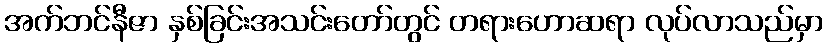
အက်ဘင်နီဇာ နှစ်ခြင်းအသင်းတော်တွင် တရားဟောဆရာ လုပ်လာသည်မှာ